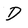
Character: d